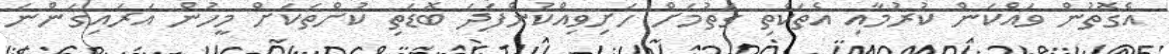
އެގޮތުން ވައްކަން ކުރުމާއި އެތަކެތި ގަތުމަށް ހަށިވިއްކުންފަދަ ބޮޑަތި ކުށްތަކަށް މީހުން އަރައިގަންނަ